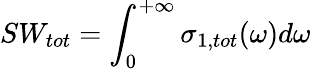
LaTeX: SW_{tot}=\int_{0}^{+\infty}\sigma_{1,tot}(\omega)d\omega